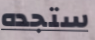
ستجده